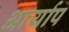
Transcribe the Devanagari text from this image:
आर्याप